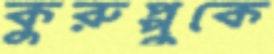
কুরুপ্পুকে